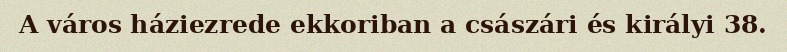
A város háziezrede ekkoriban a császári és királyi 38.